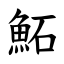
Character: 鮖